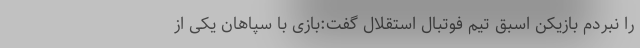
را نبردم بازیکن اسبق تیم فوتبال استقلال گفت:بازی با سپاهان یکی از